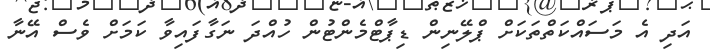
އަދި އެ މަސައްކަތްތަކަށް ޕްލޭނިން ޑިޕާޓްމެންޓުން ހުއްދަ ނަގާފައިވާ ކަމަށް ވެސް އޭނާ